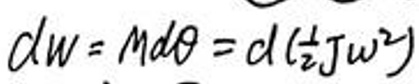
$d w = m d \theta = d ( \frac { 1 } { 2 } J \omega ^ { 2 } )$